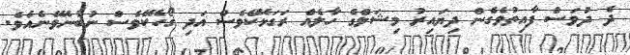
ދެ ދުވަސް ފާއިތުވެގެން ދިޔައިރު މިޝަލްގެ ހާލެއް ރަގަޅެކޭވެސް އަދި ގޯހެކޭވެސް ނުބުނެވޭނެއެވެ.